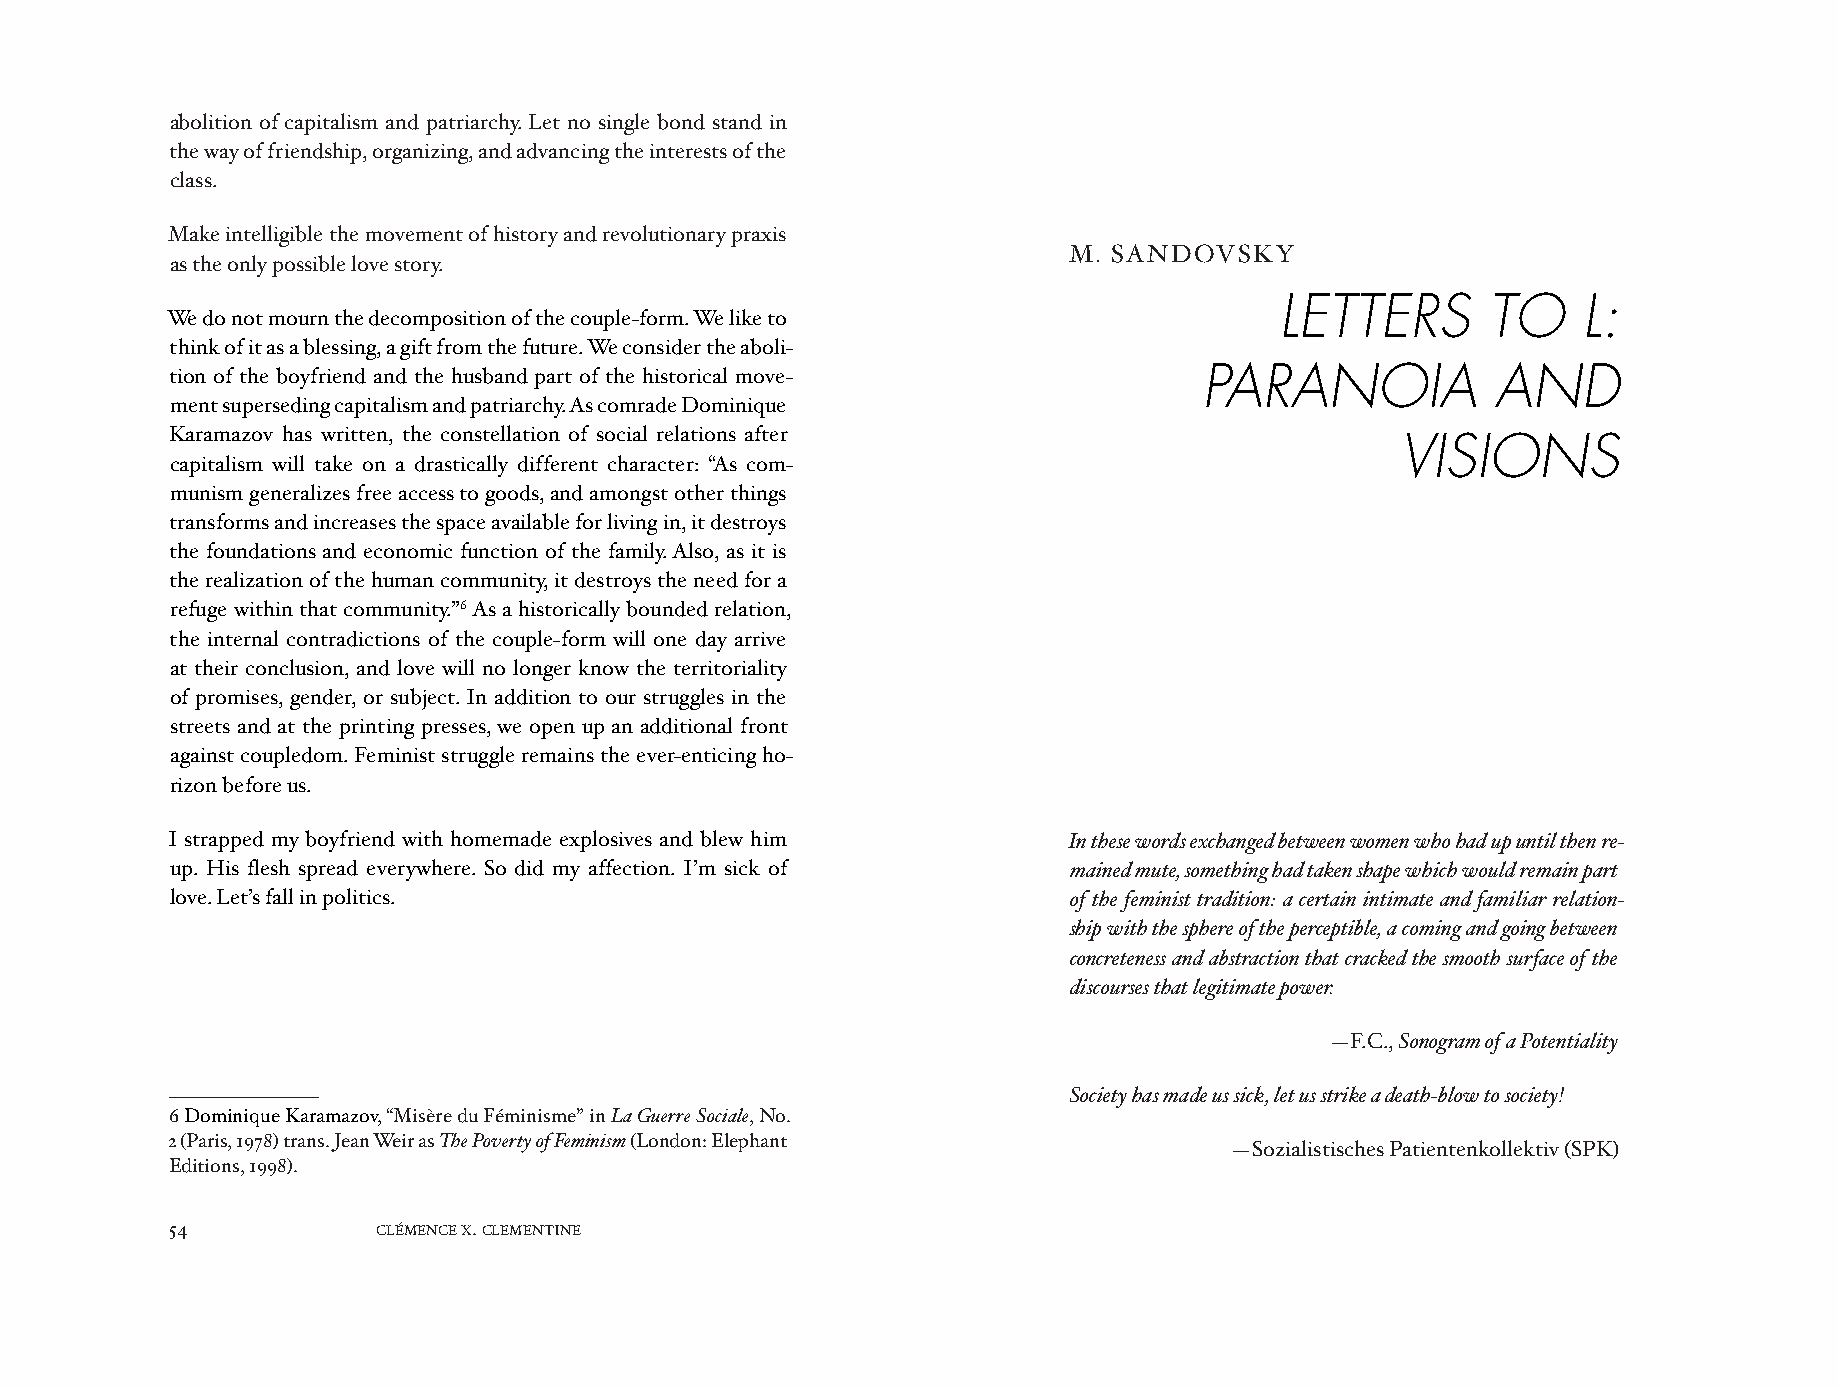
abolition of capitalism and patriarchy. Let no single bond stand in
 the way of friendship, organizing, and advancing the interests of the
 class.
 Make intelligible the movement of history and revolutionary praxis
 M. SANDOVSKY
 as the only possible love story.
 LETTERS      TO     L:
 We do not mourn the decomposition of the couple-form. We like to
 think of it as a blessing, a gift from the future. We consider the aboli-
 tion of the boyfriend and the husband part of the historical move-   PARANOIA           AND
 ment superseding capitalism and patriarchy. As comrade Dominique
 Karamazov has written, the constellation of social relations after
 VISIONS
 capitalism will take on a drastically different character: “As com-
 munism generalizes free access to goods, and amongst other things
 transforms and increases the space available for living in, it destroys
 the foundations and economic function of the family. Also, as it is
 the realization of the human community, it destroys the need for a
 refuge within that community.”6 As a historically bounded relation,
 the internal contradictions of the couple-form will one day arrive
 at their conclusion, and love will no longer know the territoriality
 of promises, gender, or subject. In addition to our struggles in the
 streets and at the printing presses, we open up an additional front
 against coupledom. Feminist struggle remains the ever-enticing ho-
 rizon before us.
 I strapped my boyfriend with homemade explosives and blew him In these words exchanged between women who had up until then re-
 up. His flesh spread everywhere. So did my affection. I’m sick of mained mute, something had taken shape which would remain part
 love. Let’s fall in politics.                               of the feminist tradition: a certain intimate and familiar relation-
 ship with the sphere of the perceptible, a coming and going between
 concreteness and abstraction that cracked the smooth surface of the
 discourses that legitimate power.
 —F.C., Sonogram of a Potentiality
 Society has made us sick, let us strike a death-blow to society!
 6 Dominique Karamazov, “Misère du Féminisme” in La Guerre Sociale, No.
 2 (Paris, 1978) trans. Jean Weir as The Poverty of Feminism (London: Elephant
 —Sozialistisches Patientenkollektiv (SPK)
 Editions, 1998).
 54            CLÉMENCE X. CLEMENTINE